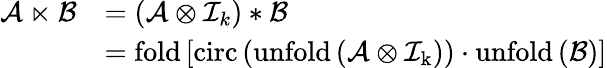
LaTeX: \begin{array}{rl}{\mathcal{A}\ltimes\mathcal{B}}&{=\left(\mathcal{A}\otimes\mathcal{I}_{k}\right)\ast\mathcal{B}}\\ &{=\mathrm{fold}\left[\mathrm{circ}\left(\mathrm{unfold\left(\mathcal{A}\otimes\mathcal{I}_{k}\right)}\right)\cdot\mathrm{unfold}\left(\mathcal{B}\right)\right]}\end{array}